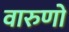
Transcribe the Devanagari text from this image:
वारुणो